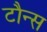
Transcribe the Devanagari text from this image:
टौन्स